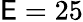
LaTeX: \mathsf{E}=25